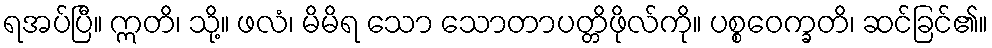
ရအပ်ပြီ။ ဣတိ၊ သို့။ ဖလံ၊ မိမိရ သော သောတာပတ္တိဖိုလ်ကို။ ပစ္စဝေက္ခတိ၊ ဆင်ခြင်၏။